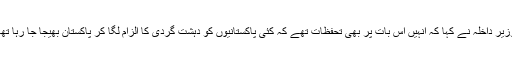
وزیر داخلہ نے کہا کہ انہیں اس بات پر بھی تحفظات تھے کہ کئی پاکستانیوں کو دہشت گردی کا الزام لگا کر پاکستان بھیجا جا رہا تھا۔